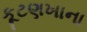
કૂટણખાના